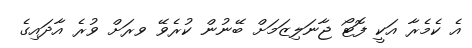
އެ ކެމެރާ އަކީ ފޮޓޯ ޖާނަލިޒަމަށް ބޭނުން ކުރެވޭ ވރަށް ވުރެ އާދައިގެ